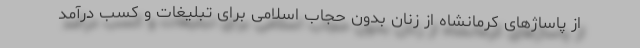
از پاساژهای کرمانشاه از زنان بدون حجاب اسلامی برای تبلیغات و کسب درآمد